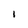
Character: l